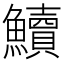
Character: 𩽆